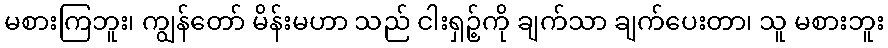
မစားကြဘူး၊ ကျွန်တော် မိန်းမဟာ သည် ငါးရှဉ့်ကို ချက်သာ ချက်ပေးတာ၊ သူ မစားဘူး